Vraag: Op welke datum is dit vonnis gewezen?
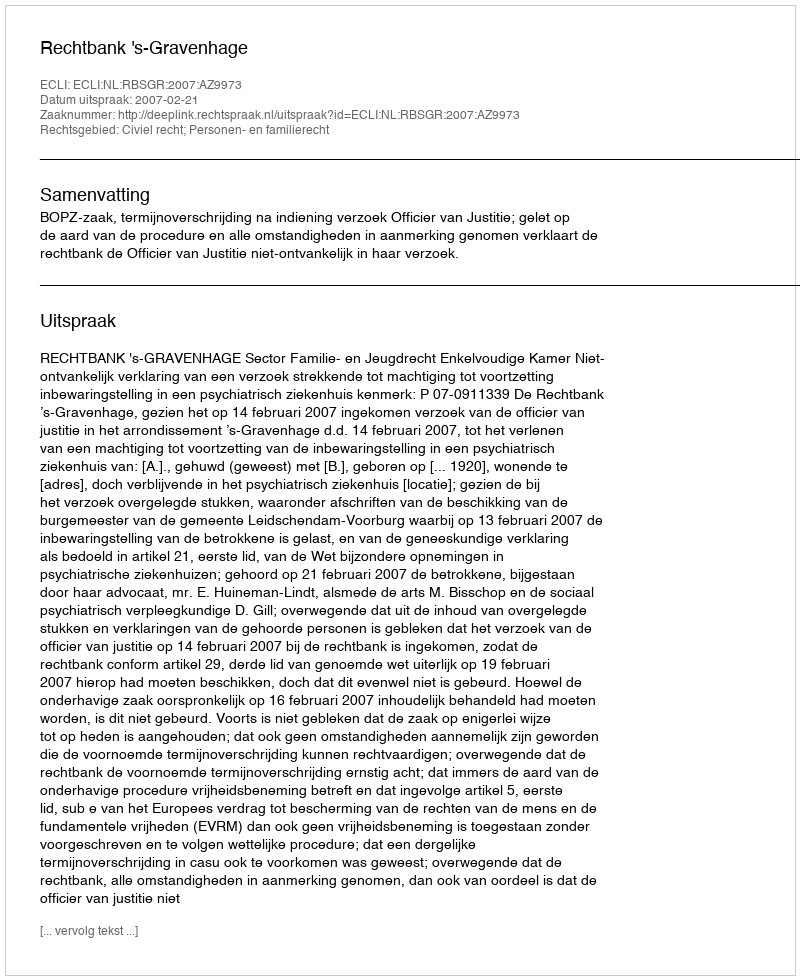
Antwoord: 2007-02-21